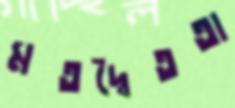
মতদ্বৈততা